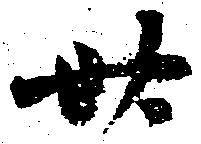
卅